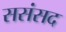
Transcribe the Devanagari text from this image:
ससंसद